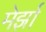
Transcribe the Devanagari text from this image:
मेर्झा